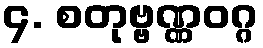
၄. စတုဗ္ဗဏ္ဏဝဂ္ဂ